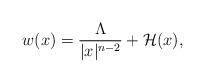
LaTeX: \begin{align*}w(x)= \frac{\Lambda}{|x|^{n-2}}+\mathcal{H}(x),\end{align*}